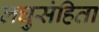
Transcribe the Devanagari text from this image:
लघुसंहिता